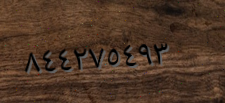
٨٤٤٢٧٥٤٩٣